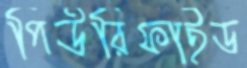
পিউরিফাইড